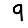
Digit: 9